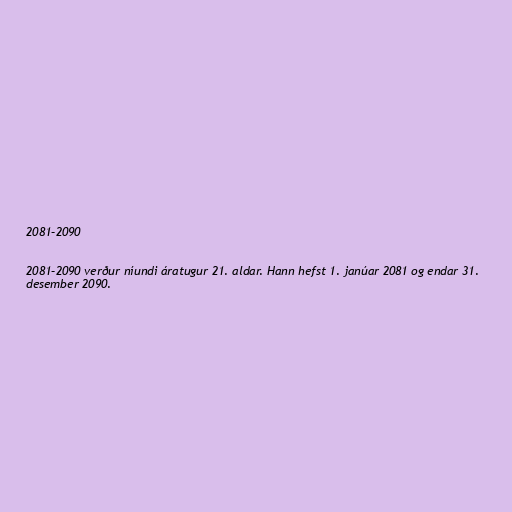
2081–2090

2081–2090 verður níundi áratugur 21. aldar. Hann hefst 1. janúar 2081 og endar 31.
desember 2090.